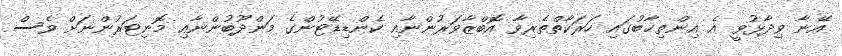
އޭނާ ވިދާޅުވީ އެ އިންތިޚާބުގައި ހަރަކާތްތެރިވާ އޮބްޒާވަރުންނާއި ކެންޑިޑޭޓުންގެ މަންދޫބުންނާއި މޮނިޓަރުންނަށް ވެސް